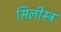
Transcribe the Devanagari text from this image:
सिलीस्ट्र